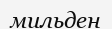
мильден